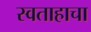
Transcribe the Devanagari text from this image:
स्वताहाचा